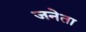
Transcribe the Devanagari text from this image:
जनेता